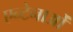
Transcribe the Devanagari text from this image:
एन्टेनाओं